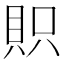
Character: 𧵙